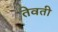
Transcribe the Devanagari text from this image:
तेवती